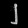
Digit: ၂